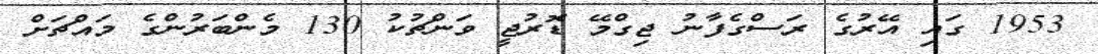
1953 ގައި އޭރުގެ ރަސްގެފާނު ޖިގްމޭ ޑޮރުޖީ ވަންޗުކު 130 މެންބަރުންގެ މައްޗަށް